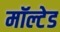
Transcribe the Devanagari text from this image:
मॉल्टेड